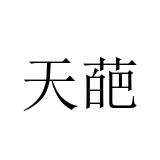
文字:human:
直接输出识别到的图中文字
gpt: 天葩